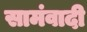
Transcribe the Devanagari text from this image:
सामंवादी